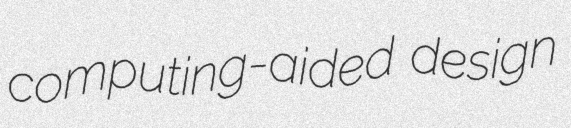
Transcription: computing-aided design